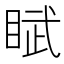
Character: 𬑘